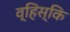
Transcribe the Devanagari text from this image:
व्हिस्कि